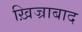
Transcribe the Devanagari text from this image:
ख़िज्राबाद